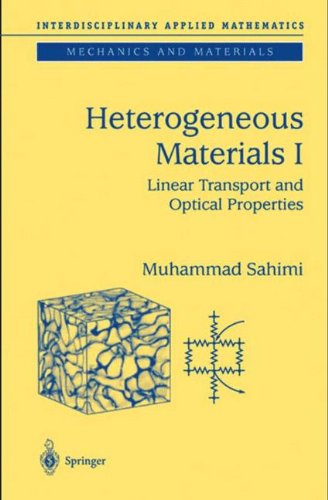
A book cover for Heterogeneous Materials I: Linear Transport and Optical Properties (Interdisciplinary Applied Mathematics) (v. 1); Muhammad Sahimi; Science & Math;